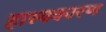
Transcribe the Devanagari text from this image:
हास्यकारण